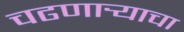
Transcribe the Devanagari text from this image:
चढणार्‍याचा